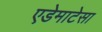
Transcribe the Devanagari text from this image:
एडेमाटेसा